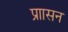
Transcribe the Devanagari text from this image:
प्राासन